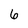
Character: 6